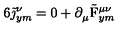
6 \tilde { \mathrm { \boldmath \jmath } } _ { y m } ^ { \nu } = 0 + \partial _ { \mu } ^ { } \tilde { \mathrm { \boldmath F } } _ { y m } ^ { \mu \nu }